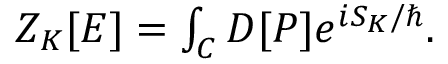
\begin{array} { r } { Z _ { K } [ E ] = \int _ { \cal C } { D [ P ] } e ^ { i { { \cal S } _ { K } } / { \hbar } } . } \end{array}